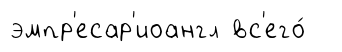
эмпр'есар'иоангл вс'его́